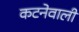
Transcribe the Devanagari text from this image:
कटनेवाली